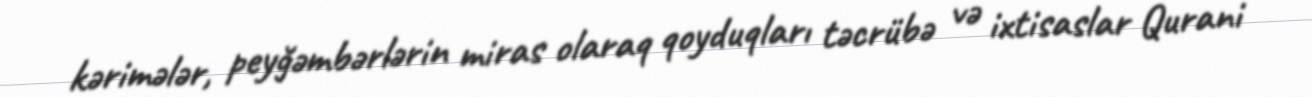
kərimələr, peyğəmbərlərin miras olaraq qoyduqları təcrübə və ixtisaslar Qurani